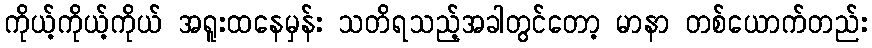
ကိုယ့်ကိုယ့်ကိုယ် အရူးထနေမှန်း သတိရသည့်အခါတွင်တော့ မာနာ တစ်ယောက်တည်း